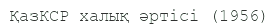
ҚазКСР халық әртісі (1956)